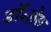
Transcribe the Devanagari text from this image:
डॉ॰लेस